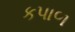
કપાળ